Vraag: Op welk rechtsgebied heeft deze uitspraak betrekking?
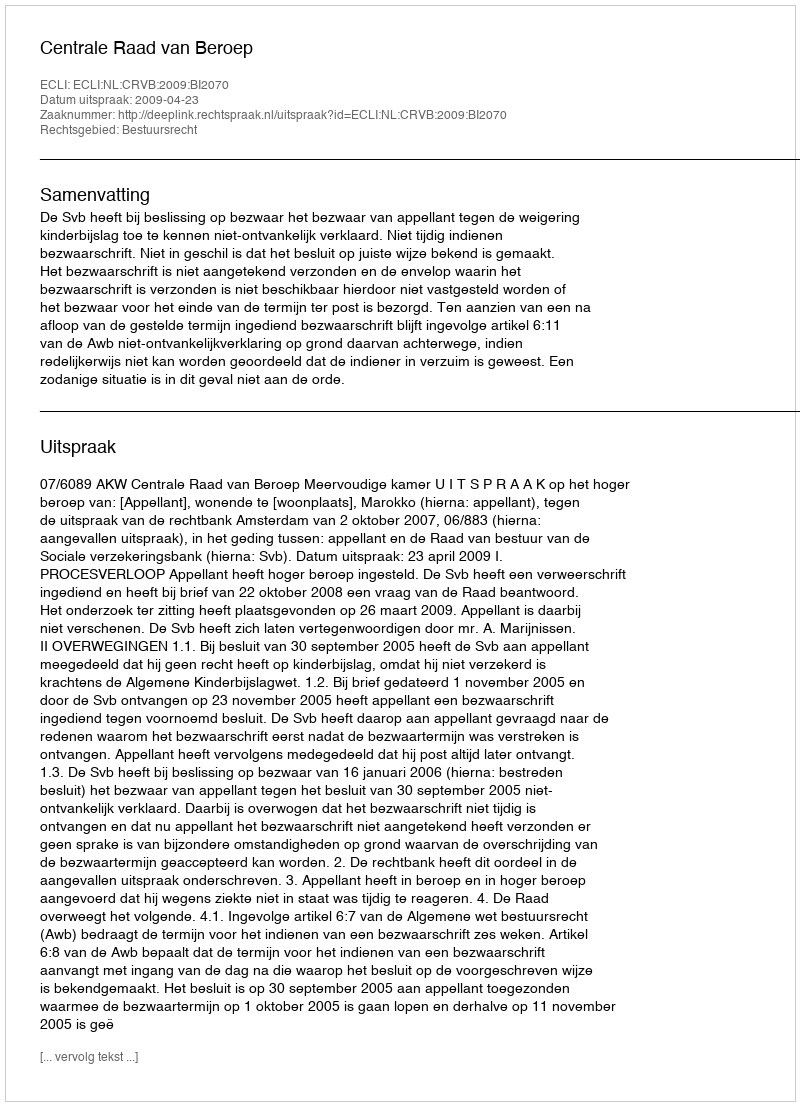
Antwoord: Bestuursrecht